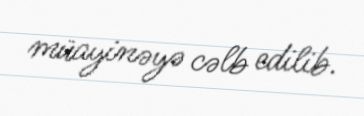
müayinəyə cəlb edilib.